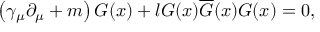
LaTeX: \left( \gamma _ { \mu } \partial _ { \mu } + m \right) G ( x ) + l G ( x ) \overline { { { G } } } ( x ) G ( x ) = 0 ,